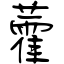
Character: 藿